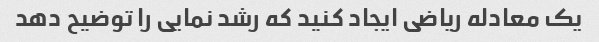
یک معادله ریاضی ایجاد کنید که رشد نمایی را توضیح دهد